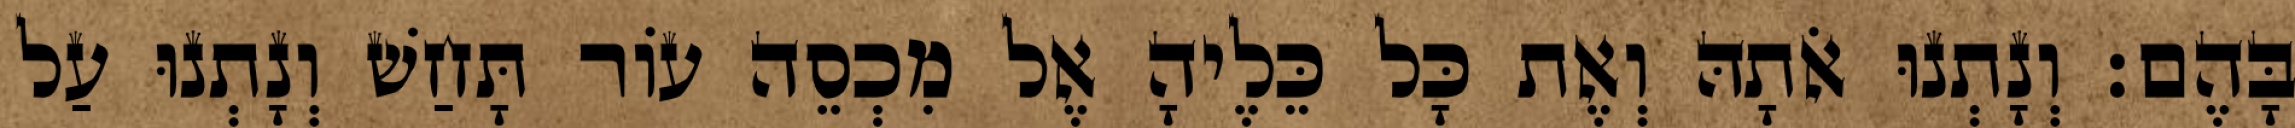
בָּהֶם׃ וְנָתְנוּ אֹתָהּ וְאֶת כָּל כֵּלֶיהָ אֶל מִכְסֵה עוֹר תָּחַשׁ וְנָתְנוּ עַל